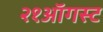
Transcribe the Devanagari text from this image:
२१ऑगस्ट